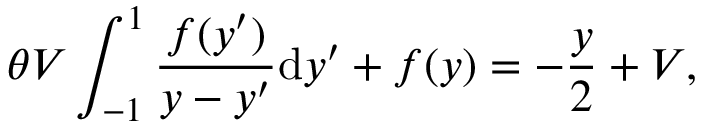
\theta V \int _ { - 1 } ^ { 1 } \frac { f ( y ^ { \prime } ) } { y - y ^ { \prime } } \mathrm { d } y ^ { \prime } + f ( y ) = - \frac { y } { 2 } + V ,